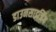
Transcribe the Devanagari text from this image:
डाउनसाइजिंग